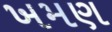
ખમણ